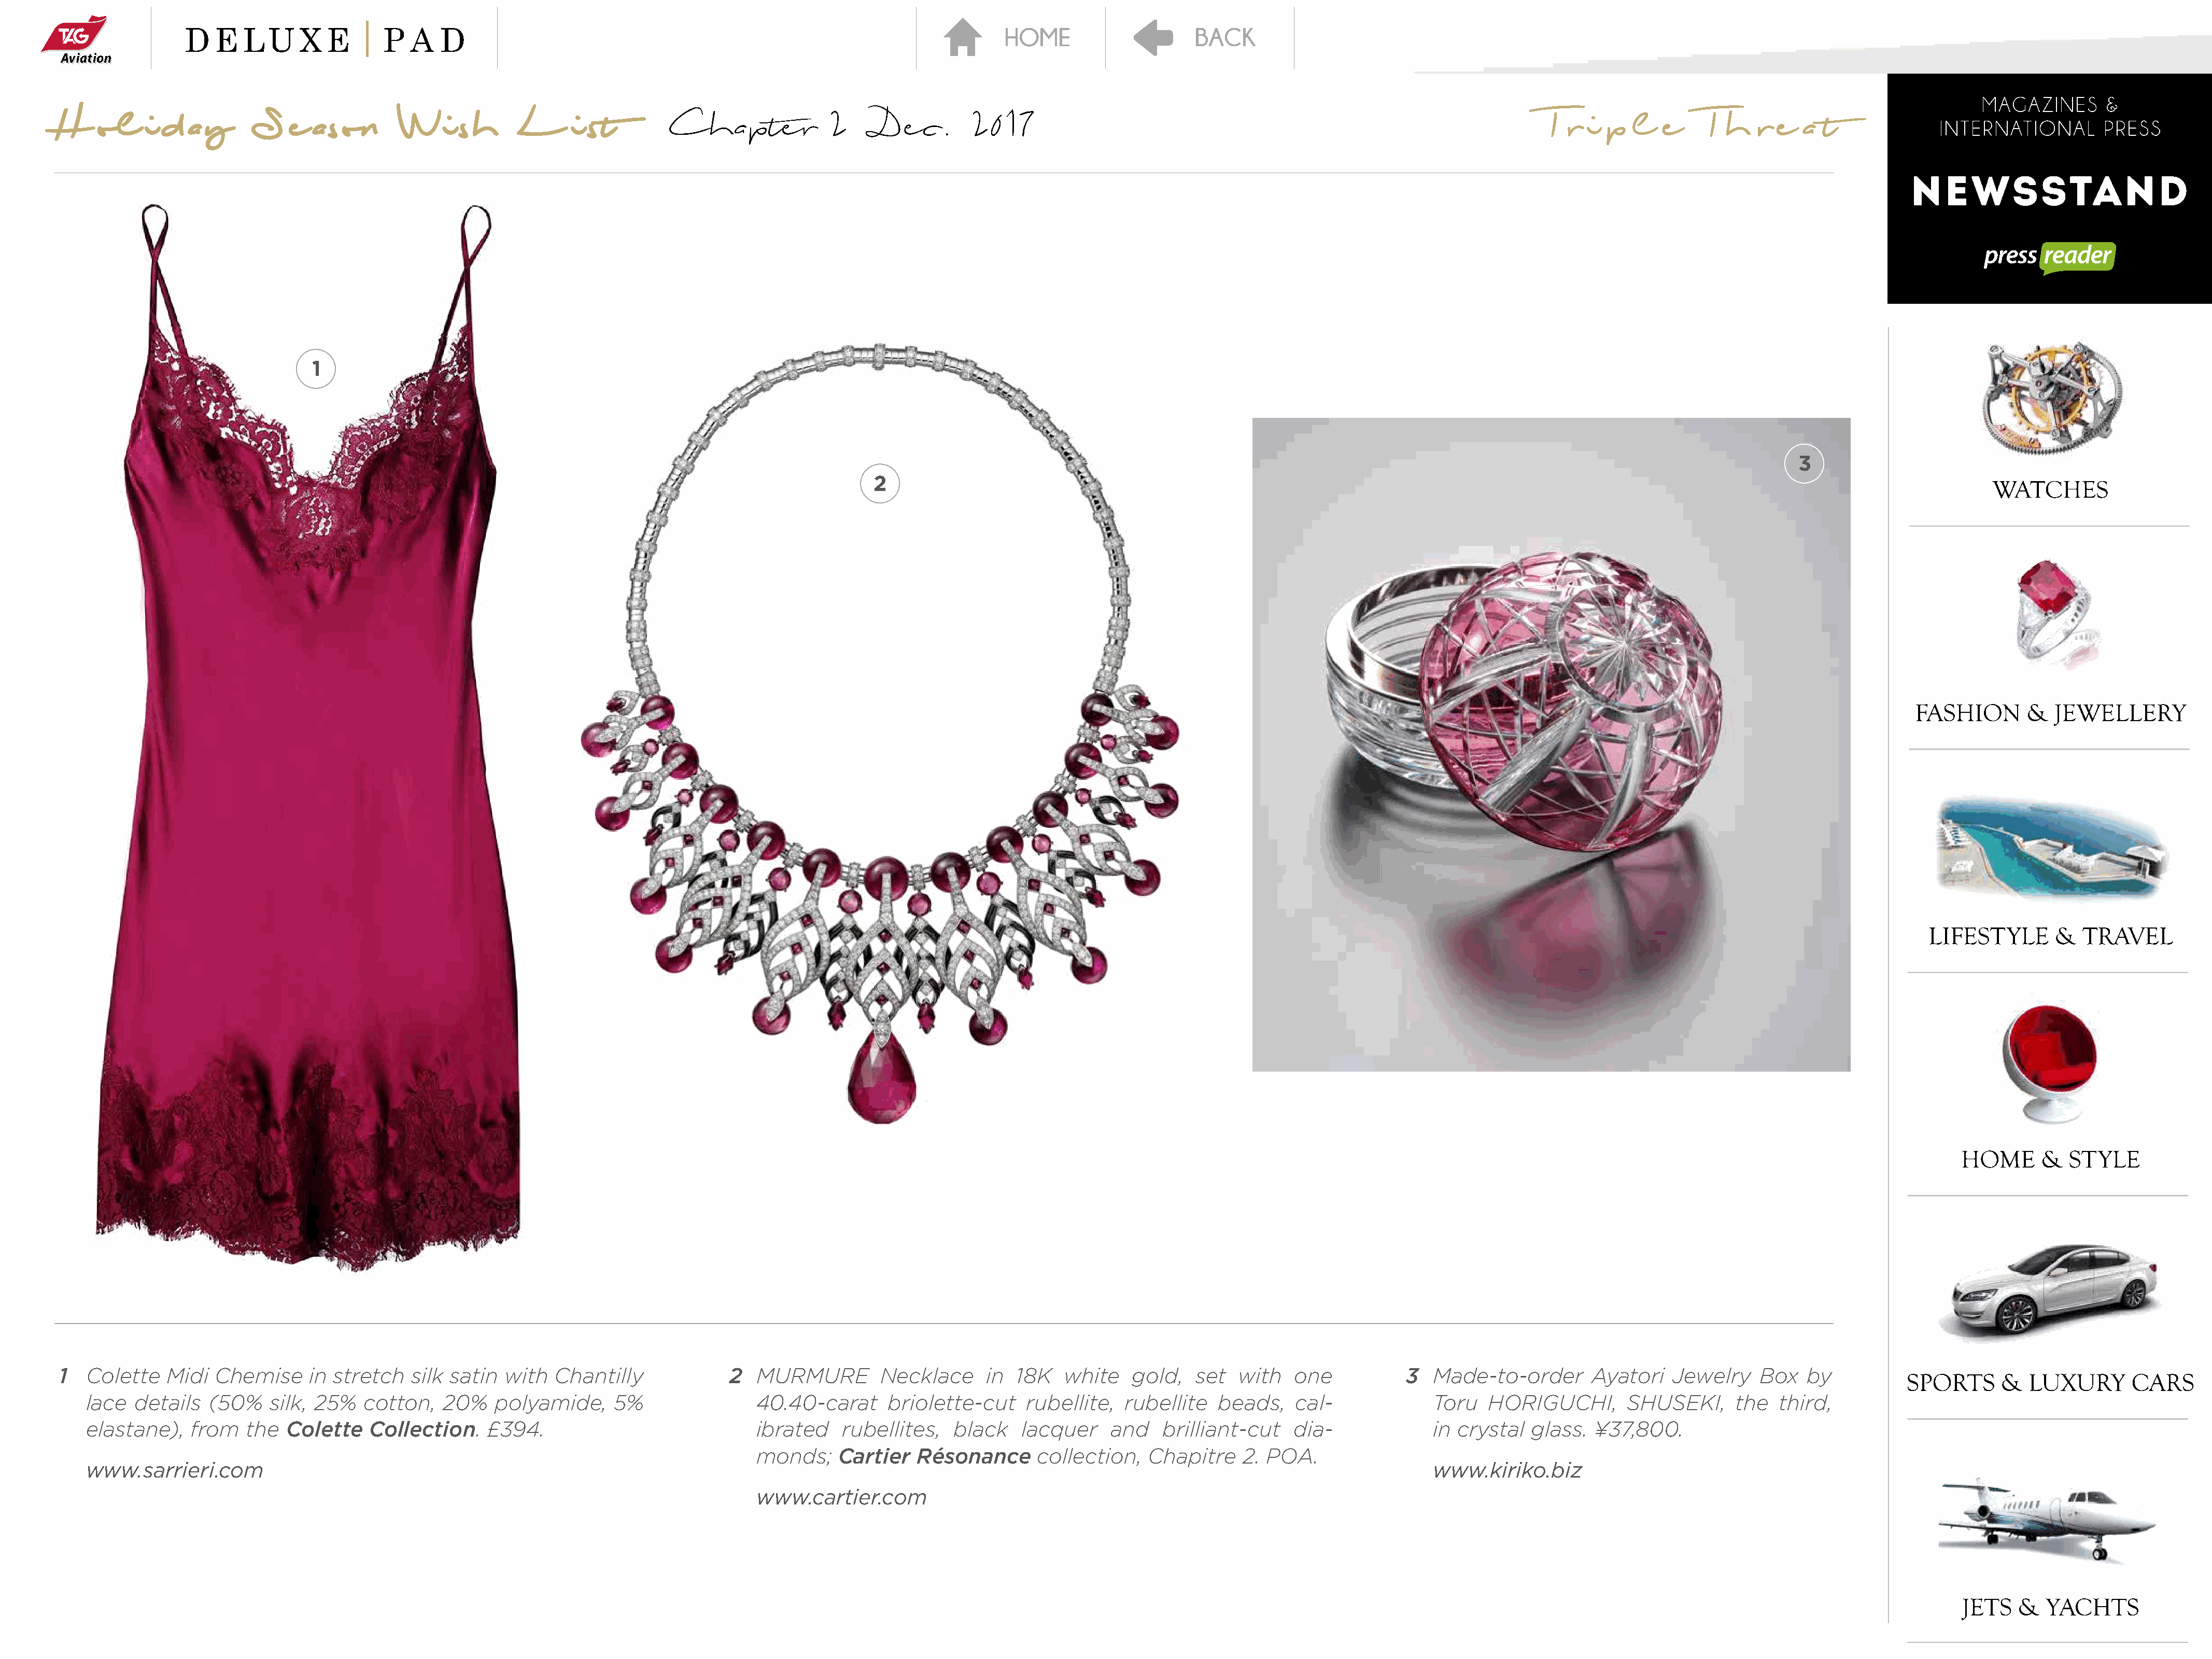
H    ol    i  d  a y     S    e  ason       Wi      sh     L      i st        Chapter              2     Dec.        2017                                                                     T  r i  p  l   e     T h   r  e  a  t
 1
 3
 2
 1  Colette   Midi  Chemise      in stretch  silk satin  with   Chantilly             2   MURMURE        Necklace      in  18K   white    gold,   set  with   one            3  Made-to-order       Ayatori    Jewelry    Box   by
 lace  details   (50%   silk, 25%   cotton,    20%   polyamide,     5%                 40.40-carat     briolette-cut     rubellite,   rubellite   beads,   cal-              Toru   HORIGUCHI,        SHUSEKI,      the  third,
 elastane),   from   the   Colette   Collection.    £394.                              ibrated    rubellites,   black   lacquer     and   brilliant-cut    dia-              in crystal   glass.  ¥37,800.
 monds;    Cartier   Résonance      collection,    Chapitre    2. POA.
 www.sarrieri.com                                                                                                                                                            www.kiriko.biz
 www.cartier.com